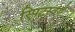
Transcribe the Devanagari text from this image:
स्पिटस्वर्ग